Vaccination in Bombay 1924-1928 - 1924-1928
Year: 1924
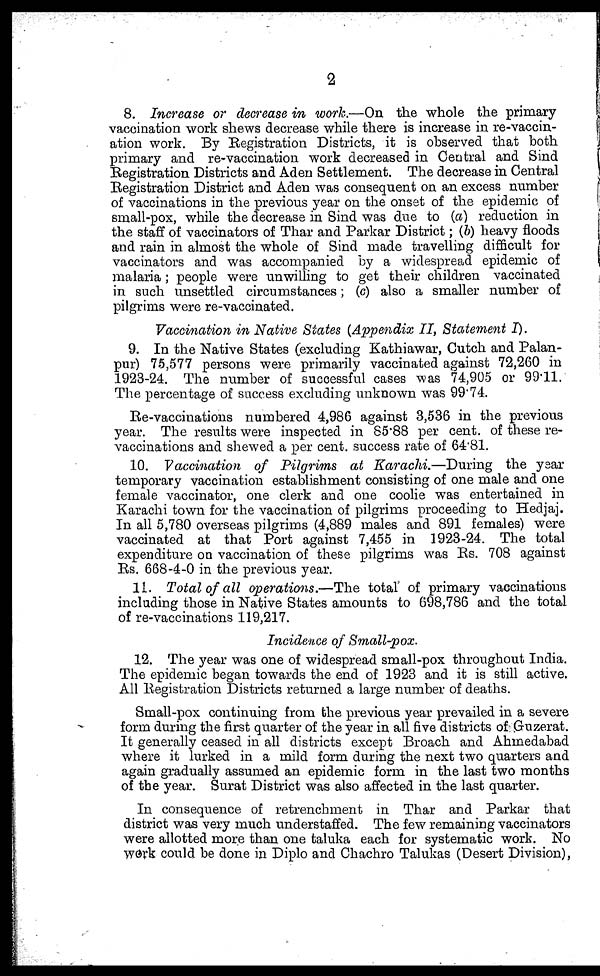
2
8. Increase or decrease in work.—On the whole the primary
vaccination work shews decrease while there is increase in re-vaccin-
ation work. By Registration Districts, it is observed that both
primary and re-vaccination work decreased in Central and Sind
Registration Districts and Aden Settlement. The decrease in Central
Registration District and Aden was consequent on an excess number
of vaccinations in the previous year on the onset of the epidemic of
small-pox, while the decrease in Sind was due to (a) reduction in
the staff of vaccinators of Thar and Parkar District; (b) heavy floods
and rain in almost the whole of Sind made travelling difficult for
vaccinators and was accompanied by a widespread epidemic of
malaria; people were unwilling to get their children vaccinated
in such unsettled circumstances; (c) also a smaller number of
pilgrims were re-vaccinated.
Vaccination in Native States (Appendix II, Statement I).
9. In the Native States (excluding Kathiawar, Cutch and Palan-
pur) 75,577 persons were primarily vaccinated against 72,260 in
1923-24. The number of successful cases was 74,905 or 99.11.
The percentage of success excluding unknown was 99.74.
Re-vaccinations numbered 4,986 against 3,536 in the previous
year. The results were inspected in 85.88 per cent. of these re-
vaccinations and shewed a per cent. success rate of 64.81
10. Vaccination of Pilgrims at Karachi.—During the year
temporary vaccination establishment consisting of one male and one
female vaccinator, one clerk and one coolie was entertained in
Karachi town for the vaccination of pilgrims proceeding to Hedjaj.
In all 5,780 overseas pilgrims (4,889 males and 891 females) were
vaccinated at that Port against 7,455 in 1923-24. The total
expenditure on vaccination of these pilgrims was Rs. 708 against
Rs. 668-4-0 in the previous year.
11. Total of all operations.—The total' of primary vaccinations
including those in Native States amounts to 698,786 and the total
of re-vaccinations 119,217.
Incidence of Small-pox.
12. The year was one of widespread small-pox throughout India.
The epidemic began towards the end of 1923 and it is still active.
All Registration Districts returned a large number of deaths.
Small-pox continuing from the previous year prevailed in a severe
form during the first quarter of the year in all five districts of Guzerat.
It generally ceased in all districts except Broach and Ahmedabad
where it lurked in a mild form during the next two quarters and
again gradually assumed an epidemic form in the last two months
of the year. Surat District was also affected in the last quarter.
In consequence of retrenchment in Thar and Parkar that
district was very much understaffed. The few remaining vaccinators
were allotted more than one taluka each for systematic work. No
work could be done in Diplo and Chachro Talukas (Desert Division),